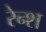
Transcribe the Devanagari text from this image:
रेन्श